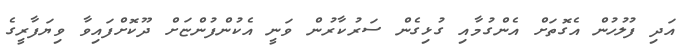
އަދި ފުލުހުން އެގޮތަށް އެންގުމާއި ގުޅިގެން ސަރުކާރުން ވަނީ އެކުންފުންޏަށް ދޫކޮށްފައިވާ ވިޔަފާރީގެ